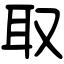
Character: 取